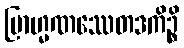
ဗြာဟ္မဏဿေတဒကိဉ္စိ